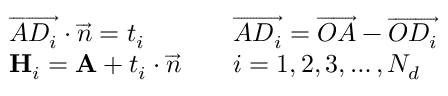
\begin{array} { r l r l } & { \overrightarrow { A D _ { i } } \cdot \overrightarrow { n } = t _ { i } } & & { \overrightarrow { A D _ { i } } = \overrightarrow { O A } - \overrightarrow { O D _ { i } } } \\ & { \mathbf { H } _ { i } = \mathbf { A } + t _ { i } \cdot \overrightarrow { n } } & & { i = 1 , 2 , 3 , \dotsc , N _ { d } } \end{array}